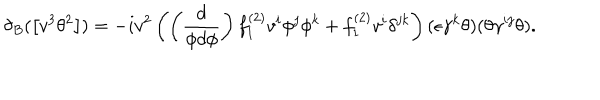
LaTeX: \delta _ { B } ( \left[ v ^ { 3 } \theta ^ { 2 } \right] ) = - i v ^ { 2 } \left( \left( \frac { d } { \phi d \phi } \right) f _ { 1 } ^ { ( 2 ) } v ^ { i } \phi ^ { j } \phi ^ { k } + f _ { 1 } ^ { ( 2 ) } v ^ { i } \delta ^ { j k } \right) ( \epsilon \gamma ^ { k } \theta ) ( \theta \gamma ^ { i j } \theta ) .